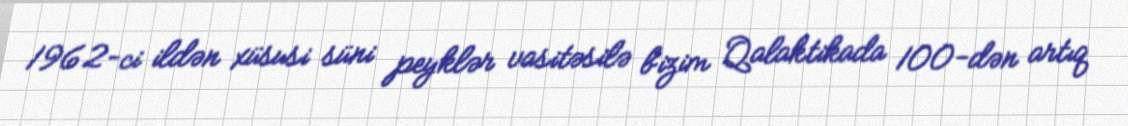
1962-ci ildən xüsusi süni peyklər vasitəsilə bizim Qalaktikada 100-dən artıq